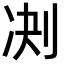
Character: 𪟅